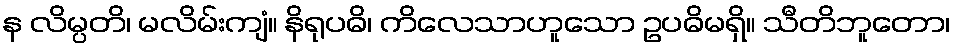
န လိမ္ပတိ၊ မလိမ်းကျံ။ နိရုပဓိ၊ ကိလေသာဟူသော ဥပဓိမရှိ။ သီတိဘူတော၊